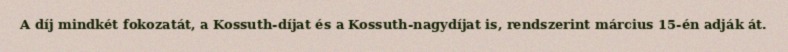
A díj mindkét fokozatát, a Kossuth-díjat és a Kossuth-nagydíjat is, rendszerint március 15-én adják át.